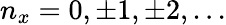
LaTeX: n_{x}=0,\pm 1,\pm 2,...